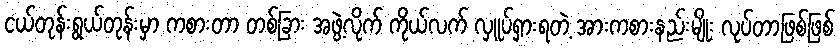
ငယ်တုန်းရွယ်တုန်းမှာ ကစားတာ တစ်ခြား အဖွဲ့လိုက် ကိုယ်လက် လှူပ်ရှားရတဲ့ အားကစားနည်းမျိုး လုပ်တာဖြစ်ဖြစ်